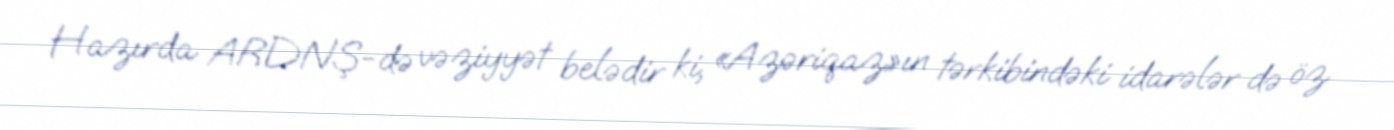
Hazırda ARDNŞ-də vəziyyət belədir ki, «Azəriqaz»ın tərkibindəki idarələr də öz